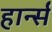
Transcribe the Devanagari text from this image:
हार्न्स